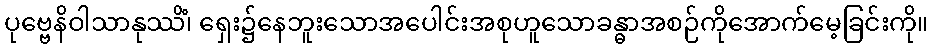
ပုဗ္ဗေနိဝါသာနုဿိံ၊ ရှေး၌နေဘူးသောအပေါင်းအစုဟူသောခန္ဓာအစဉ်ကိုအောက်မေ့ခြင်းကို။